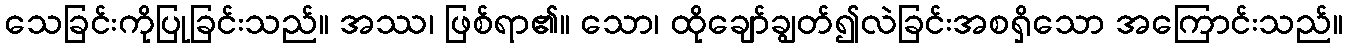
သေခြင်းကိုပြုခြင်းသည်။ အဿ၊ ဖြစ်ရာ၏။ သော၊ ထိုချော်ချွတ်၍လဲခြင်းအစရှိသော အကြောင်းသည်။